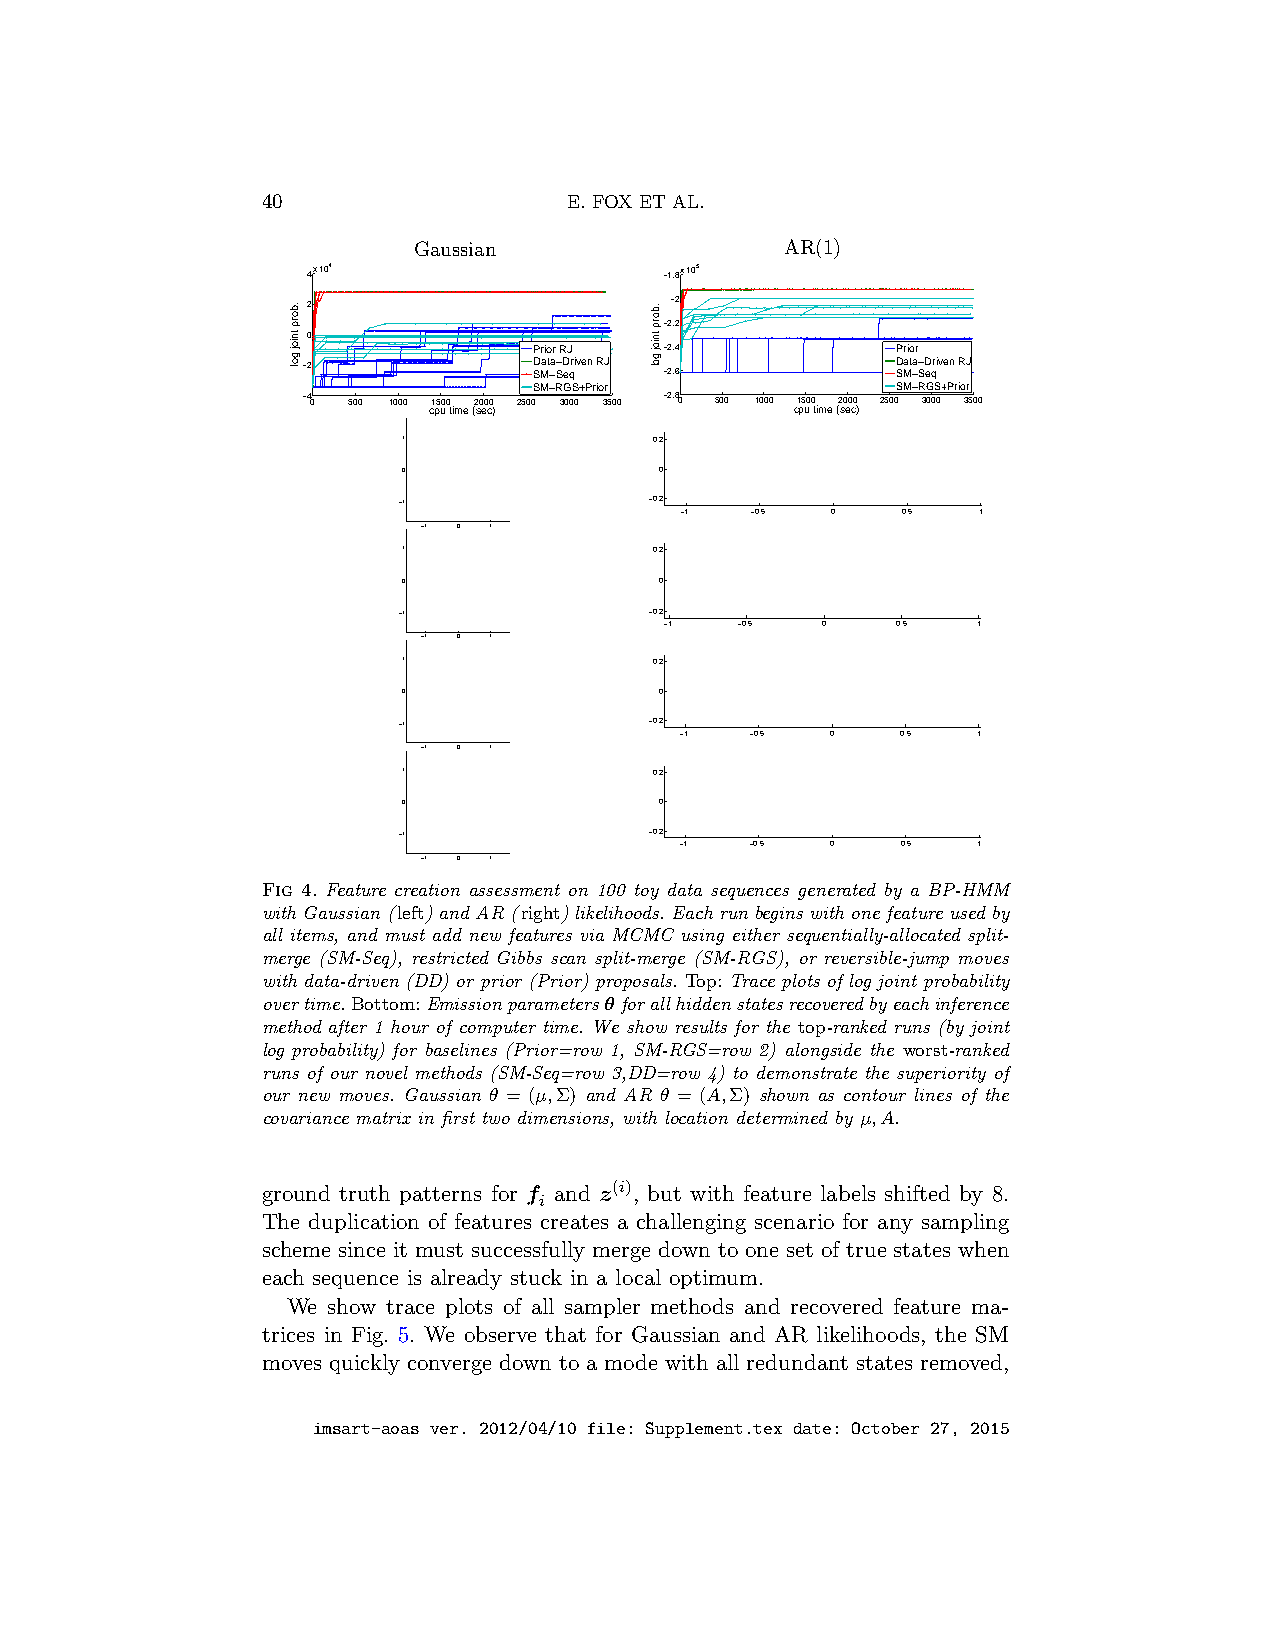
40                   E. FOX ET AL.
 Gaussian                 AR(1)
 4x 104                  −1.8x 105
 2                       −2
 −2.2
 0
 Prior RJ −2.4           Prior
 −2             D SMat −a S−D eqriven RJ −2.6 D SMat −a S−D eqriven RJ
 SM−RGS+Prior            SM−RGS+Prior
 −40 500 1000 1500 2000 2500 3000 3500 −2.80 500 1000 1500 2000 2500 3000 3500
 cpu time (sec)           cpu time (sec)
 1               0.2
 0                0
 −1               −0.2
 −1   −0.5 0    0.5  1
 −1 0 1
 1               0.2
 0                0
 −1               −0.2
 −1   −0.5 0    0.5   1
 −1 0 1
 1               0.2
 0                0
 −1               −0.2
 −1   −0.5 0    0.5  1
 −1 0 1
 1               0.2
 0                0
 −1               −0.2
 −1   −0.5 0    0.5  1
 −1 0 1
 Fig 4. Feature creation assessment on 100 toy data sequences generated by a BP-HMM
 with Gaussian (left) and AR (right) likelihoods. Each run begins with one feature used by
 all items, and must add new features via MCMC using either sequentially-allocated split-
 merge (SM-Seq), restricted Gibbs scan split-merge (SM-RGS), or reversible-jump moves
 with data-driven (DD) or prior (Prior) proposals. Top: Trace plots of log joint probability
 overtime.Bottom:Emissionparametersθforallhiddenstatesrecoveredbyeachinference
 method after 1 hour of computer time. We show results for the top-ranked runs (by joint
 log probability) for baselines (Prior=row 1, SM-RGS=row 2) alongside the worst-ranked
 runs of our novel methods (SM-Seq=row 3,DD=row 4) to demonstrate the superiority of
 our new moves. Gaussian θ = (µ,Σ) and AR θ = (A,Σ) shown as contour lines of the
 covariance matrix in first two dimensions, with location determined by µ,A.
 ground truth patterns for f and z(i), but with feature labels shifted by 8.
 i
 The duplication of features creates a challenging scenario for any sampling
 scheme since it must successfully merge down to one set of true states when
 each sequence is already stuck in a local optimum.
 We show trace plots of all sampler methods and recovered feature ma-
 trices in Fig. 5. We observe that for Gaussian and AR likelihoods, the SM
 moves quickly converge down to a mode with all redundant states removed,
 imsart-aoas ver. 2012/04/10 file: Supplement.tex date: October 27, 2015
 .borp
 tnioj
 gol
 .borp
 tnioj
 gol